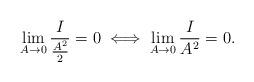
LaTeX: \begin{align*}\lim_{A \to 0 } \frac{I}{\frac{A^2}{2}}=0 \iff \lim_{A \to 0 } \frac{I}{A^2}=0.\end{align*}